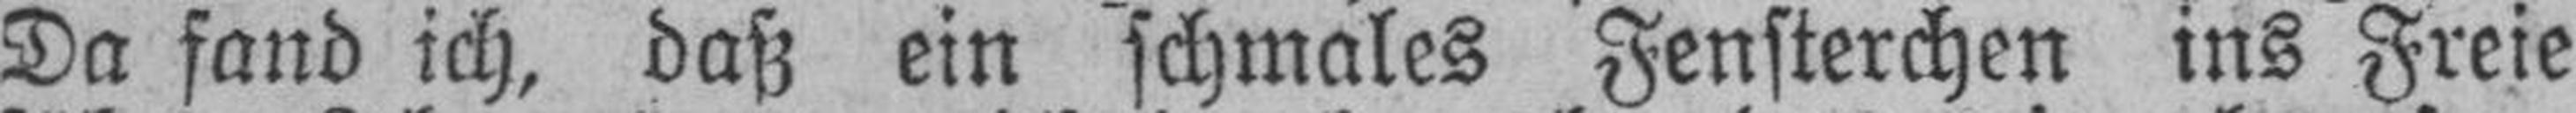
Da fand ich, daß ein schmales Fensterchen ins Freie